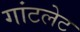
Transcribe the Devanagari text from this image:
गांटलेट